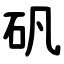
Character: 矾